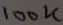
Text: 100K